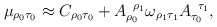
\begin{align*}\mu _{\rho _{0}\tau _{0}}\approx C_{\rho _{0}\tau _{0}}+A_{\rho_{0}}^{\;\;\rho _{1}}\omega _{\rho _{1}\tau _{1}}A_{\tau _{0}}^{\;\;\tau_{1}}, \end{align*}